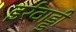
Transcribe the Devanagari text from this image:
इर्रवाड्डी